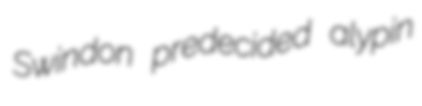
Swindon predecided alypin